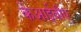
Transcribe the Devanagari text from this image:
केआईवीए